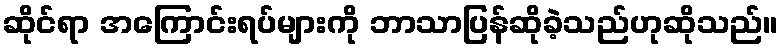
ဆိုင်ရာ အကြောင်းရပ်များကို ဘာသာပြန်ဆိုခဲ့သည်ဟုဆိုသည်။